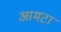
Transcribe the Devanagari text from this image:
आमटा